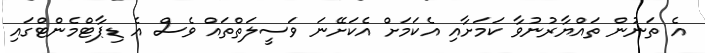
އެ ތަނުން ތައްޔާރުނުވާ ކަމަށާއި އެކަމަށް އެކަށޭނަ ވަސީލަތްތައް ވެސް އެ ޑިޕާޓްމެންޓްގައި